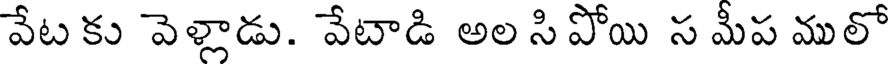
వేట కు వెళ్లాడు. వేటాడి అల సి పోయి స మీప ములో